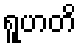
ရူဟတိ